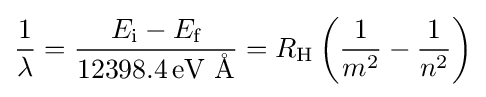
{\frac {1}{\lambda }}={\frac {E_{\text{i}}-E_{\text{f}}}{12398.4\,{\text{eV Å}}}}=R_{\text{H}}\left({\frac {1}{m^{2}}}-{\frac {1}{n^{2}}}\right)